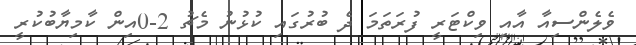
ވެލެންސިއާ އާއި ވިކްޓަރީ ފުރަތަމަ ދެ ބުރުގައި ކުޅުނު މެޗު 2-0އިން ކާމިޔާބުކުރީ